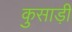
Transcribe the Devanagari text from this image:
कुसाड़ी